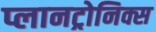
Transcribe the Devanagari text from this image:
प्लानट्रोनिक्स